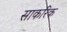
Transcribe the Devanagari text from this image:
साकरिक